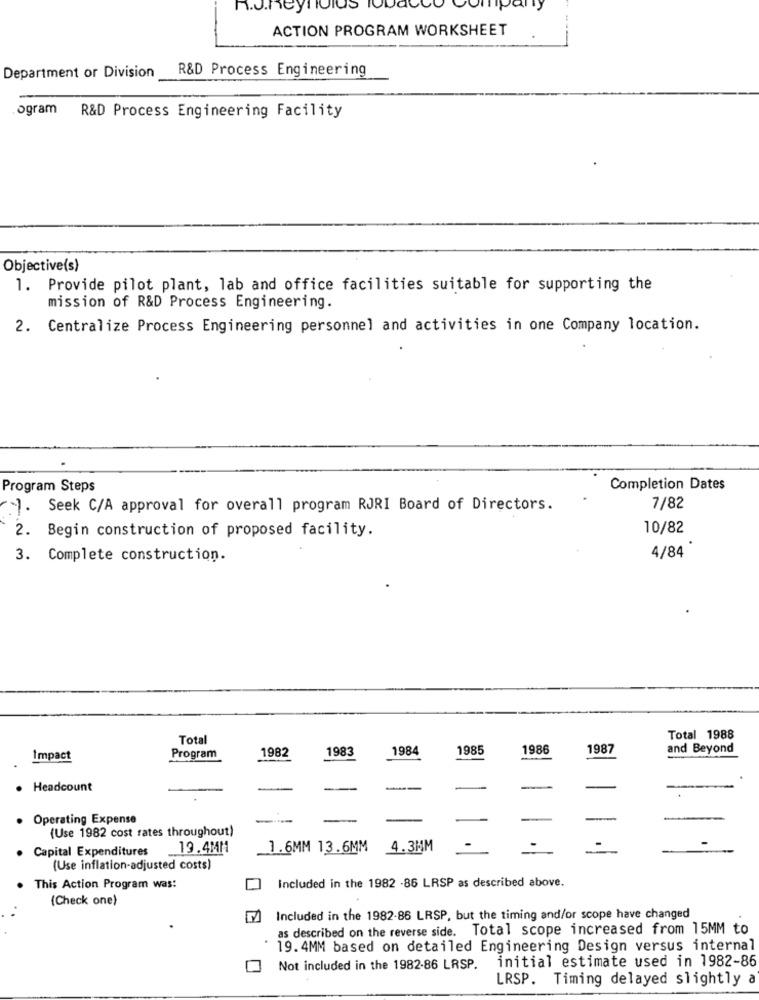
h.J.Reynolds
ACTION PROGRAM WORKSHEET
R&D Process Engineering
Department or Division
ogram R&D Process Engineering Facility
Objective(s)
1. Provide pilot plant, lab and office facilities suitable for supporting the
mission of R&D Process Engineering.
2. Centralize Process Engineering personnel and activities in one Company location.
Program Steps
Completion Dates
". Seek C/A approval for overall program RJRI Board of Directors.
7/82
2. Begin construction of proposed facility.
10/82
3. Complete construction.
4/84'
Total
Total 1988
1982
1983
1984
1985
1986
1987
and Beyond
Impact
Program
. Headcount
Operating Expense
-
(Use 1982 cost rates throughout)
· Capital Expenditures
19.434M
1.6MM 13.6MM
4.3MM
(Use inflation-adjusted costs)
This Action Program was:
Included in the 1982 -86 LRSP as described above.
(Check one)
Included in the 1982-86 LRSP, but the timing and/or scope have changed
as described on the reverse side. Total scope increased from 15MM to
19. 4MM based on detailed Engineering Design versus internal
initial estimate used in 1982-86
Not included in the 1982-86 LRSP.
LRSP. Timing delayed slightly a